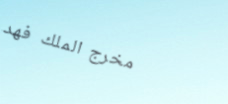
مخرج الملك فهد